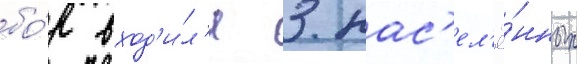
бо́р вход'и́л'и 3 нас'ел'ё́нных